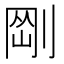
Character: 𠝴